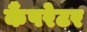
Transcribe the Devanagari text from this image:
कैंपरेटर